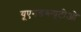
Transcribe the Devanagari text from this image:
यूएनडब्ल्यूटीओ